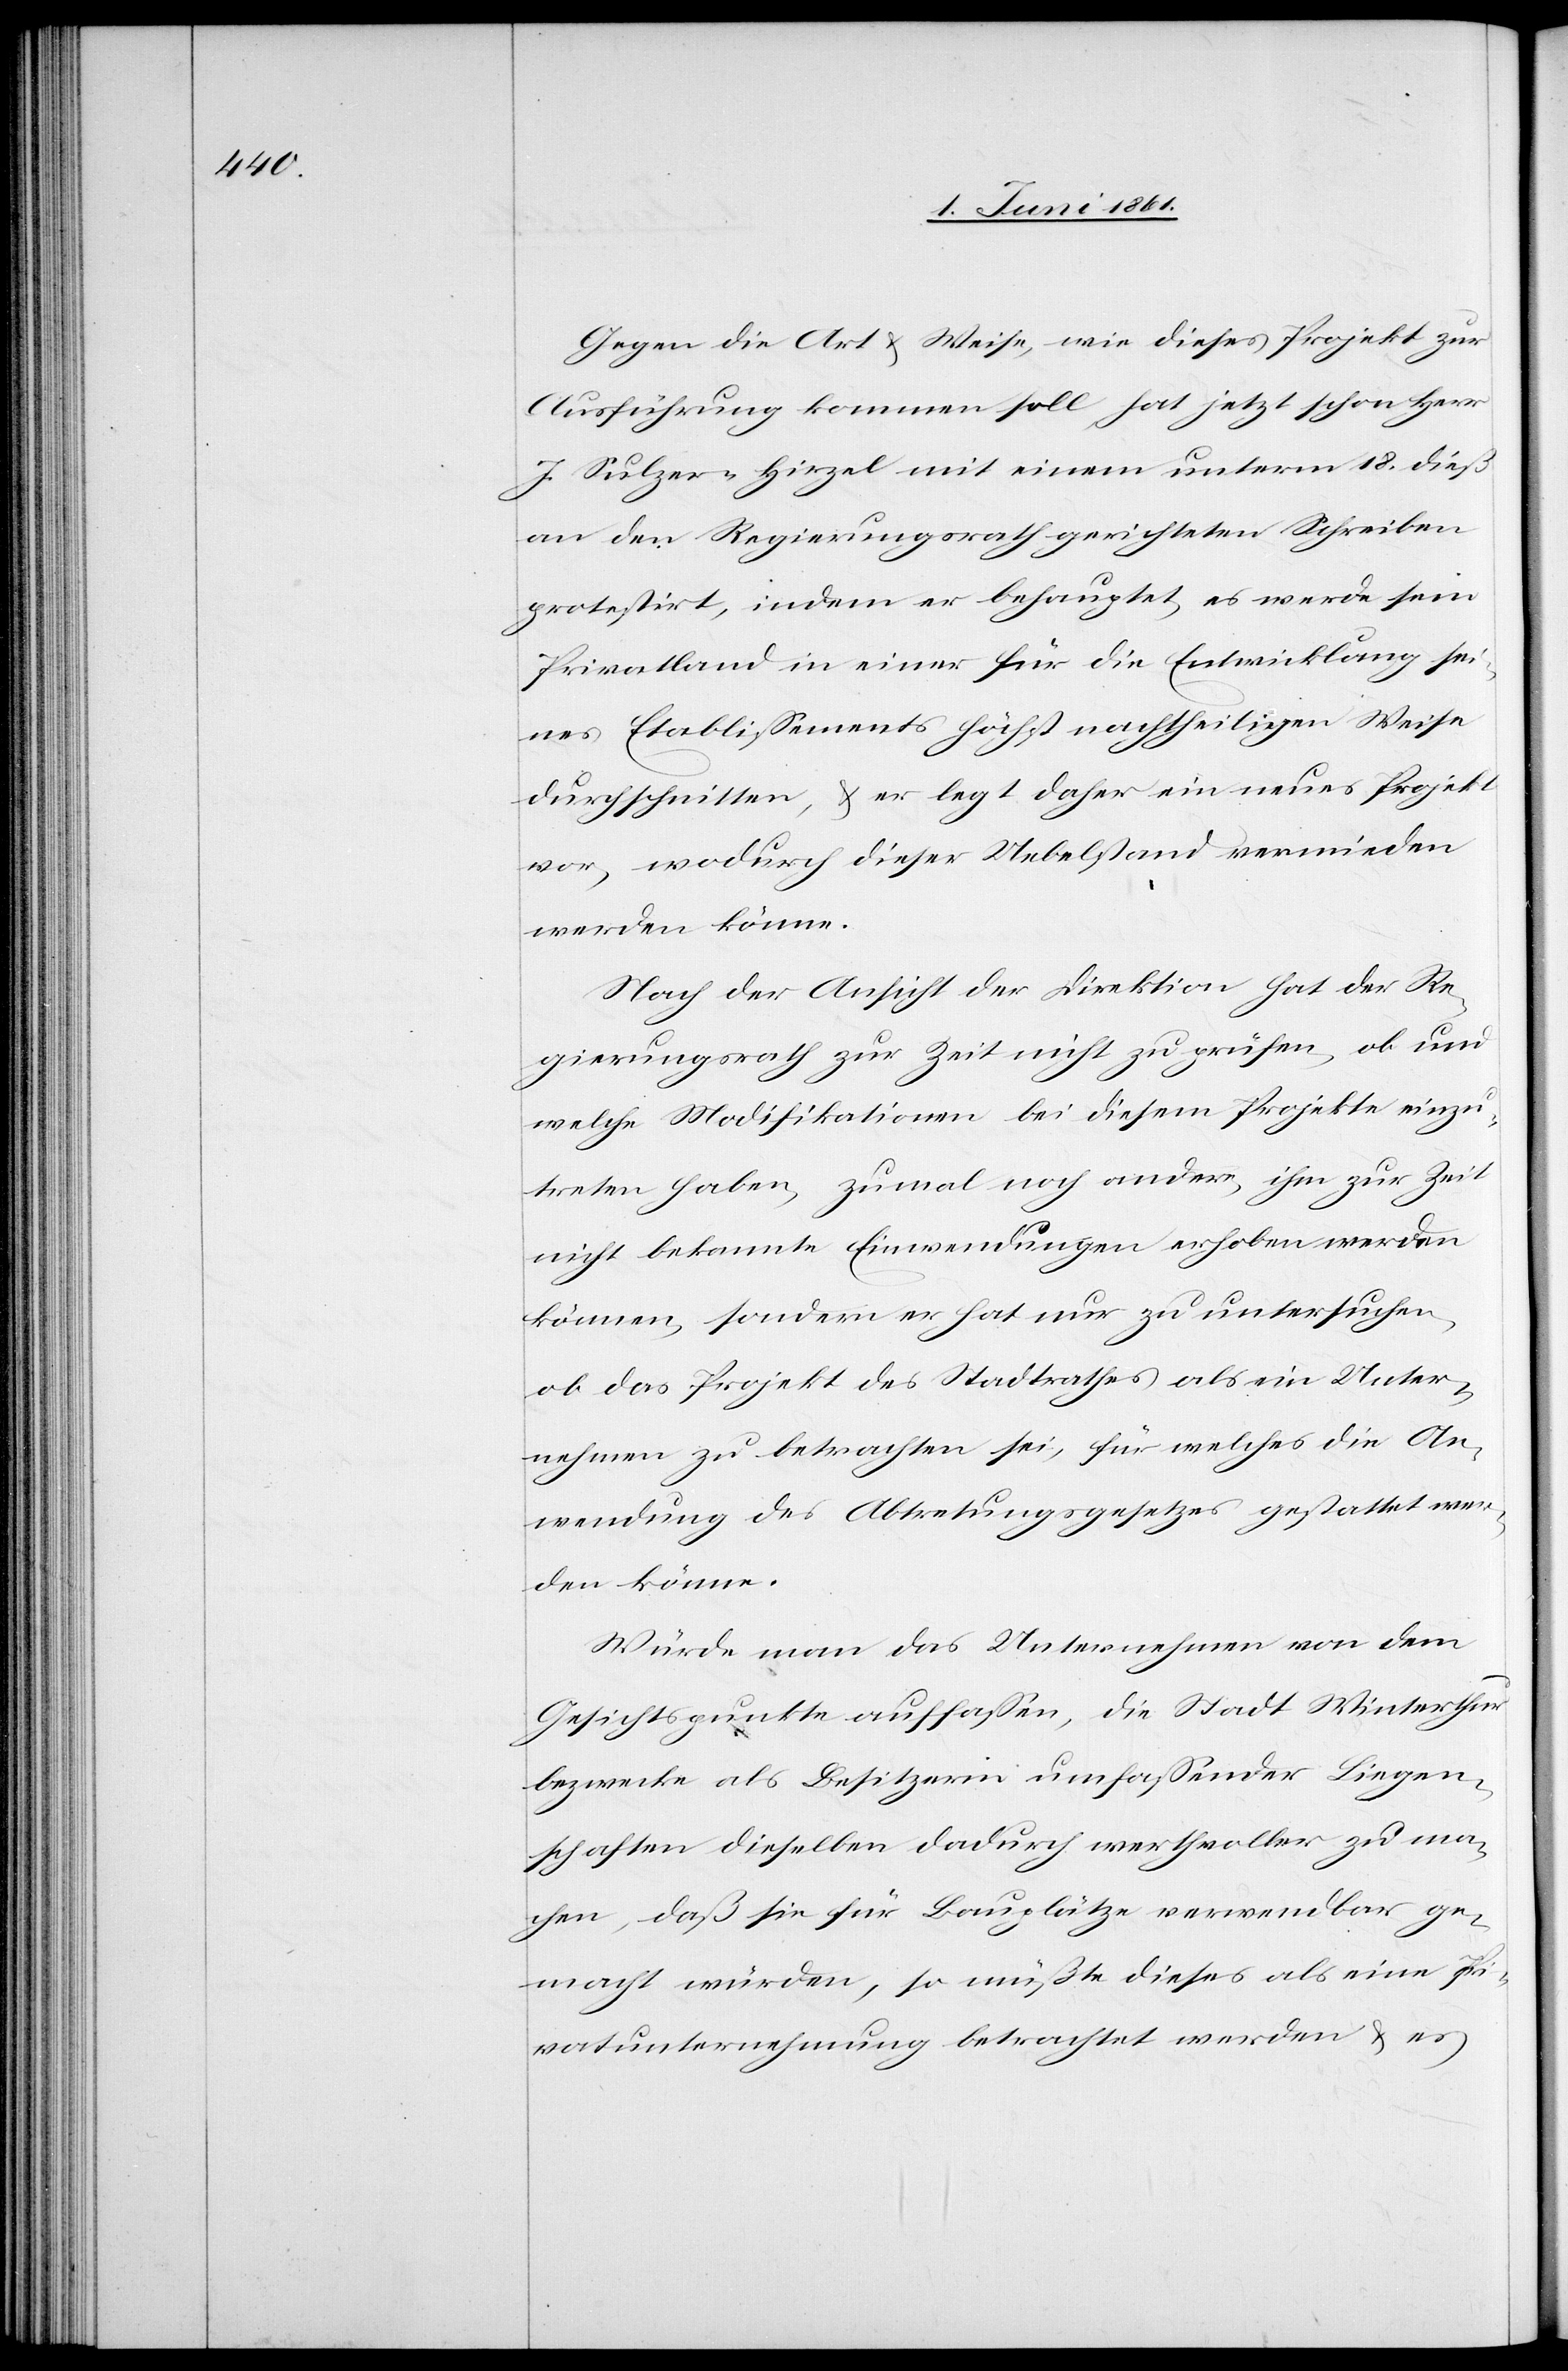
Gegen die Art u. Weise, wie dieses Projekt zur
Ausführung kommen soll, hat jetzt schon Herr
J. Sulzer-Hirzel mit einem unterm 18. dieß
an den Regierungsrath gerichteten Schreiben
protestirt, indem er behauptet, es werde sein
Privatland in einer für die Entwicklung sei¬
nes Etablissements höchst nachtheiligen Weise
durchschnitten, u. er legt daher ein neues Projekt
vor, wodurch dieser Uebelstand vermieden
werden könne.
Nach der Ansicht der Direktion hat der Re¬
gierungsrath zur Zeit nicht zu prüfen, ob und
welche Modifikationen bei diesem Projekte einzu¬
treten haben, zumal noch andere, ihm zur Zeit
nicht bekannte Einwendungen erhoben werden
können, sondern er hat nur zu untersuchen,
ob das Projekt des Stadtrathes als ein Unter¬
nehmen zu betrachten sei, für welches die An¬
wendung des Abtretungsgesetzes gestattet wer¬
den könne.
Würde man das Unternehmen von dem
Gesichtspunkte auffassen, die Stadt Winterthur
bezwecke als Besitzerin umfassender Liegen¬
schaften dieselben dadurch werthvoller zu ma¬
chen, daß sie für Bauplätze verwendbar ge¬
macht würden, so müßte dieses als eine Pri¬
vatunternehmung betrachtet werden u. es